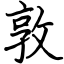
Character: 敦